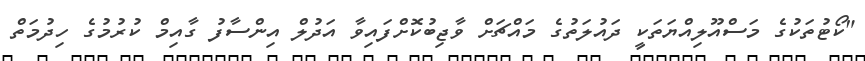
"ކޯޓުތަކުގެ މަސްއޫލިއްޔަތަކީ ދައުލަތުގެ މައްޗަށް ވާޖިބުކޮށްފައިވާ އަދުލް އިންސާފު ގާއިމް ކުރުމުގެ ހިދުމަތް